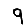
Digit: 9